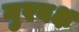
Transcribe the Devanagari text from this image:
नुरबक्ष